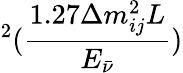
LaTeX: ^2(\frac{1.27\Delta m_{ij}^{2}L}{E_{\bar{\nu}}})